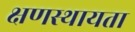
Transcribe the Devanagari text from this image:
क्षणस्थायता